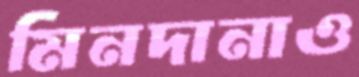
মিনদানাও